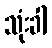
သုံးခါ